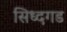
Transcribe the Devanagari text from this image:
सिध्दगड